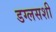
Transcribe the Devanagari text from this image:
डग्लसशी